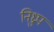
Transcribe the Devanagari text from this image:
निध्रुप